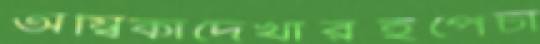
অম্বিকাদেখারইপেঁচা